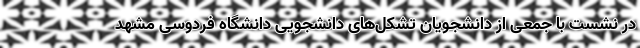
در نشست با جمعی از دانشجویان تشکل‌های دانشجویی دانشگاه فردوسی مشهد